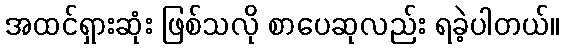
အထင်ရှားဆုံး ဖြစ်သလို စာပေဆုလည်း ရခဲ့ပါတယ်။